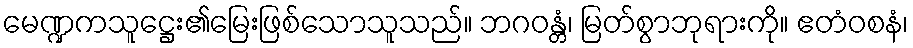
မေဏ္ဍကသူဋ္ဌေး၏မြေးဖြစ်သောသူသည်။ ဘဂဝန္တံ၊ မြတ်စွာဘုရားကို။ ဧတံဝစနံ၊